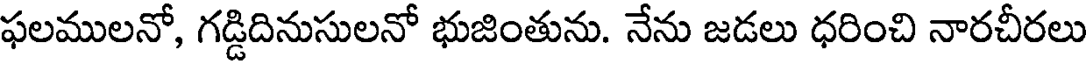
ఫలములనో, గడ్డిదినుసులనో భుజింతును. నేను జడలు ధరించి నారచీరలు